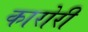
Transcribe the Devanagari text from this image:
कारोरी